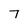
Character: 7